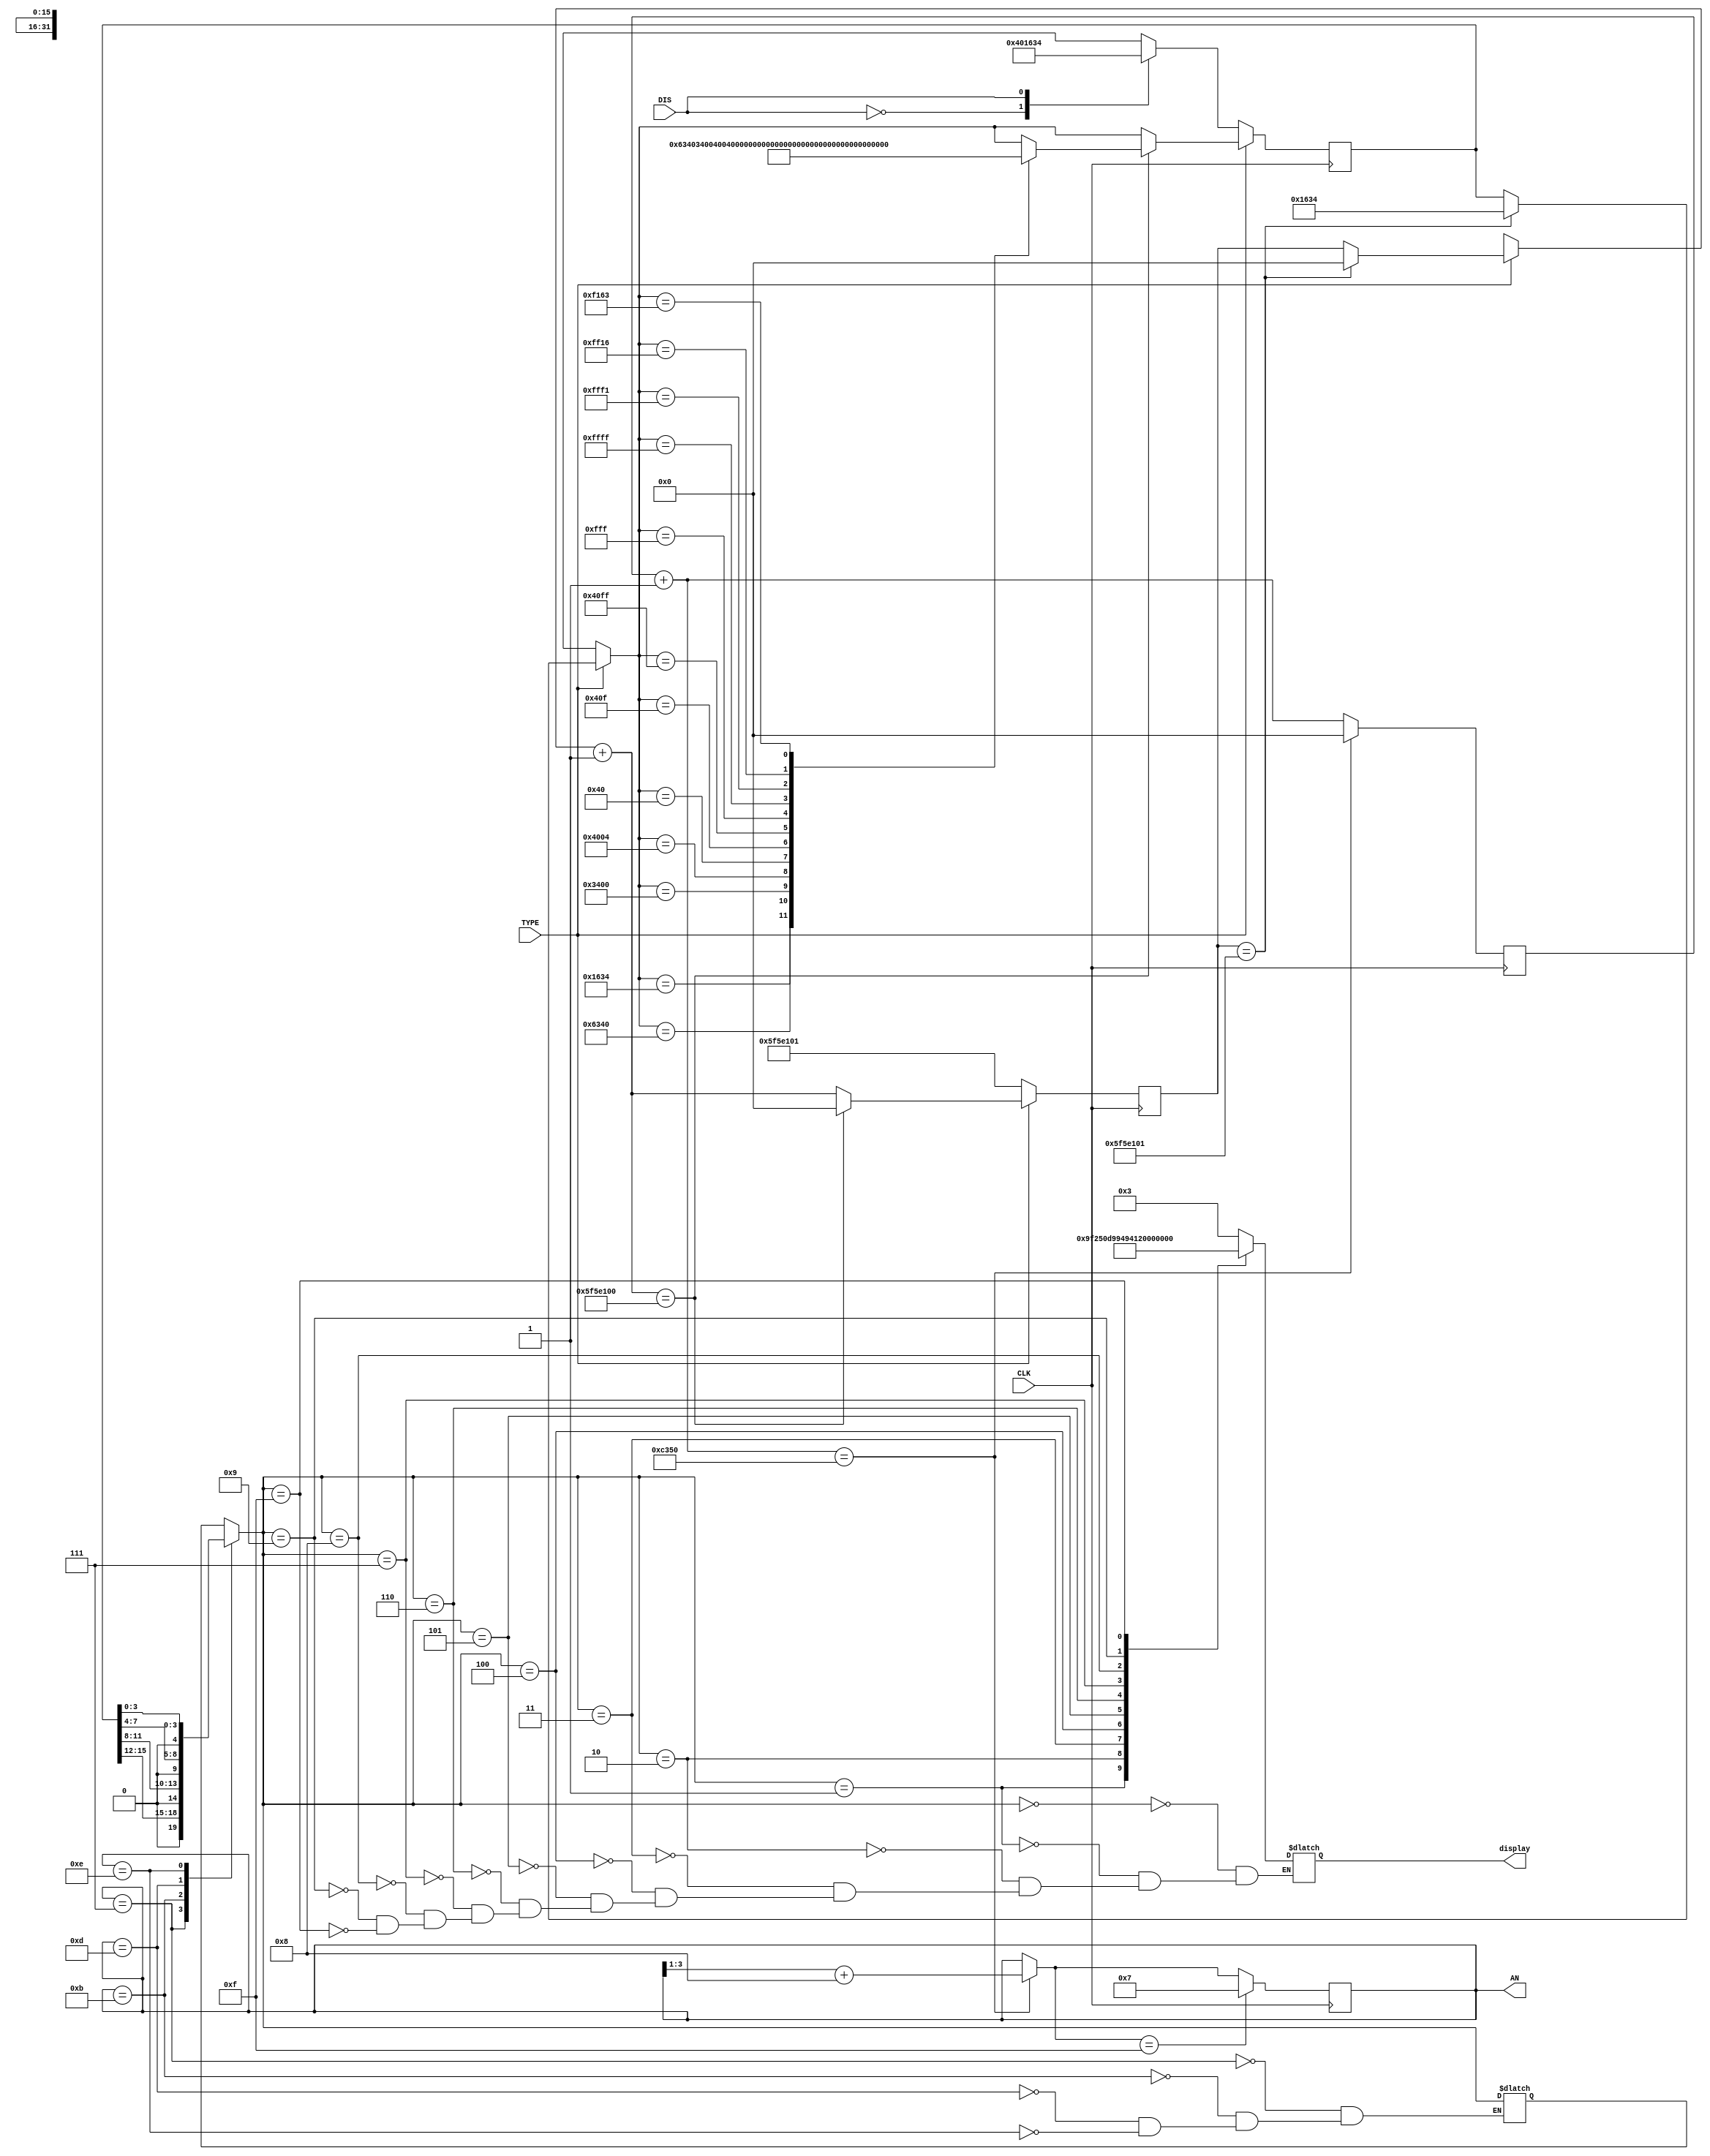
module Print(CLK, TYPE, DIS, AN, display);
  input CLK, TYPE, DIS;
  output reg [3:0] AN;  // (4)
  output reg [7:0] display;  // (8)
  reg [31:0] counter;  // , 
  reg [31:0] move_counter;  // , 
  parameter [31:0] MAX_COUNTER = 5_0000;  // 
  parameter [31:0] MAX_MOVE_COUNTER = 1_0000_0000;  // 
  parameter [31:0] ID = 32'H16340040;  // 
  reg [15:0] num;  // 
  reg [4:0] tmp;  // 
  
  initial begin
    AN = 4'B0111;
    display = 8'B0000_0000;
    counter = 0;
    move_counter = MAX_MOVE_COUNTER + 1;
    num = ID[15:0];
  end
  
  always@(AN) begin
    case(AN)
      4'B0111: tmp = num[15:12];
      4'B1011: tmp = num[11:8];
      4'B1101: tmp = num[7:4];
      4'B1110: tmp = num[3:0];
    endcase
    case(tmp)
      4'H0: display = 8'B0000_0011;
      4'H1: display = 8'B1001_1111;
      4'H2: display = 8'B0010_0101;
      4'H3: display = 8'B0000_1101;
      4'H4: display = 8'B1001_1001;
      4'H5: display = 8'B0100_1001;
      4'H6: display = 8'B0100_0001;
      4'H7: display = 8'B0001_1111;
      4'H8: display = 8'B0000_0001;
      4'H9: display = 8'B0000_1001;
      4'Hf: display = 8'B1111_1111;  // blank
    endcase
  end
  
  always@(posedge CLK) begin
    counter = counter + 1;
    if(counter == MAX_COUNTER) begin
      AN = (AN >> 1) + 4'B1000;
      counter = 0;
    end
    if(AN == 4'B1111) begin
      AN = 4'B0111;
    end
    if(TYPE == 1) begin
      if(move_counter == MAX_MOVE_COUNTER + 1) begin
        // move_counter == MAX_MOVE_COUNTER + 1
        // TYPE0->1, num
        num = ID[31:16];
        move_counter = 0;
      end
      move_counter = move_counter + 1;
      if(move_counter == MAX_MOVE_COUNTER) begin
        // 
        case(num)
          ID[31:16]:            num = ID[27:12];
          ID[27:12]:            num = ID[23:8];
          ID[23:8]:             num = ID[19:4];
          ID[19:4]:             num = ID[15:0];
          ID[15:0]:             num = {ID[11:0], 4'Hf};
          {ID[11:0], 4'Hf}:     num = {ID[7:0], 8'Hff};
          {ID[7:0], 8'Hff}:     num = {ID[3:0], 12'Hfff};
          {ID[3:0], 12'Hfff}:   num = 16'Hffff;
          16'Hffff:             num = {12'Hfff, ID[31:28]};
          {12'Hfff, ID[31:28]}: num = {8'Hff, ID[31:24]};
          {8'Hff, ID[31:24]}:   num = {4'Hf, ID[31:20]};
          {4'Hf, ID[31:20]}:    num = ID[31:16];
        endcase
        move_counter = 0;
      end
    end else begin
      case(DIS)
        0: num = ID[15:0];
        1: num = ID[31:16];
      endcase
      move_counter = MAX_MOVE_COUNTER + 1;
    end
  end
endmodule